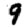
Digit: 9